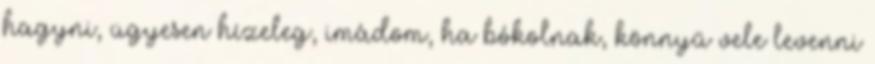
hagyni, ügyesen hízeleg, imádom, ha bókolnak, könnyű vele levenni